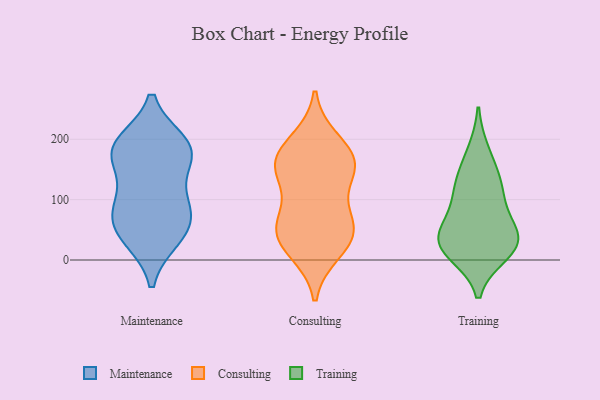
{"axis": {"x": "Temperature (°C)", "y": "Value"}, "legend": ["Consulting", "Maintenance", "Training"], "data": [{"x": "", "y": 177, "type": "Maintenance"}, {"x": "", "y": 103, "type": "Maintenance"}, {"x": "", "y": 37, "type": "Maintenance"}, {"x": "", "y": 192, "type": "Maintenance"}, {"x": "", "y": 185, "type": "Maintenance"}, {"x": "", "y": 40, "type": "Maintenance"}, {"x": "", "y": 59, "type": "Maintenance"}, {"x": "", "y": 90, "type": "Maintenance"}, {"x": "", "y": 79, "type": "Maintenance"}, {"x": "", "y": 172, "type": "Maintenance"}, {"x": "", "y": 181, "type": "Maintenance"}, {"x": "", "y": 196, "type": "Consulting"}, {"x": "", "y": 65, "type": "Consulting"}, {"x": "", "y": 154, "type": "Consulting"}, {"x": "", "y": 177, "type": "Consulting"}, {"x": "", "y": 53, "type": "Consulting"}, {"x": "", "y": 155, "type": "Consulting"}, {"x": "", "y": 153, "type": "Consulting"}, {"x": "", "y": 16, "type": "Consulting"}, {"x": "", "y": 147, "type": "Consulting"}, {"x": "", "y": 72, "type": "Consulting"}, {"x": "", "y": 37, "type": "Consulting"}, {"x": "", "y": 33, "type": "Consulting"}, {"x": "", "y": 28, "type": "Training"}, {"x": "", "y": 34, "type": "Training"}, {"x": "", "y": 44, "type": "Training"}, {"x": "", "y": 11, "type": "Training"}, {"x": "", "y": 179, "type": "Training"}, {"x": "", "y": 33, "type": "Training"}, {"x": "", "y": 123, "type": "Training"}, {"x": "", "y": 18, "type": "Training"}, {"x": "", "y": 106, "type": "Training"}, {"x": "", "y": 136, "type": "Training"}, {"x": "", "y": 74, "type": "Training"}]}